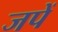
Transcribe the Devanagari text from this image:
जपें